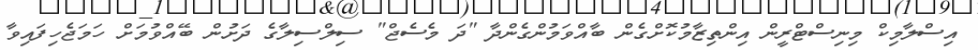
އިސްލާމިކް މިނިސްޓްރީން އިންތިޒާމުކޮށްގެން ބާއްވަމުންގެންދާ "ދަ މެސެޖް" ސިލްސިލާގެ ދަށުން ބޭއްވުމަށް ހަމަޖެހިފައިވާ